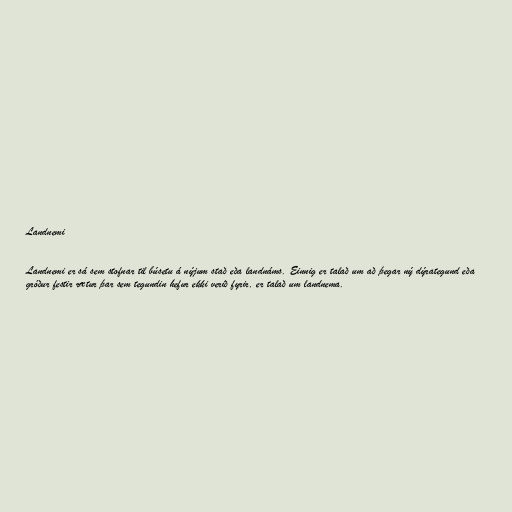
Landnemi

Landnemi er sá sem stofnar til búsetu á nýjum stað eða landnáms. Einnig er talað um að þegar ný dýrategund eða
gróður festir rætur þar sem tegundin hefur ekki verið fyrir, er talað um landnema.